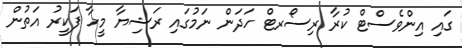
ގައި އިންވެސްޓް ކުރާ ރިސޯރޓް ހަދަން ނަމުގައި ރަޝިޔާ މީހާ ފަކީރު އަތުން